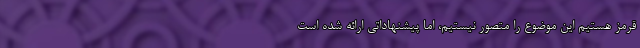
قرمز هستیم این موضوع را متصور نیستیم، اما پیشنهاداتی ارائه شده است